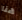
هنا